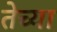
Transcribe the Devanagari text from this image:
तेच्या